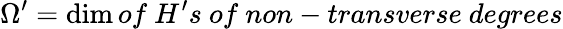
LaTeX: \Omega^{\prime}=\dim of~H^{\prime}s~of~non-transverse~degrees